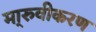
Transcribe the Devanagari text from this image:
मा्रुवीकरण